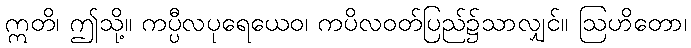
ဣတိ၊ ဤသို့။ ကပ္ပီလပုရေယေဝ၊ ကပိလဝတ်ပြည်၌သာလျှင်။ ဩဟိတော၊